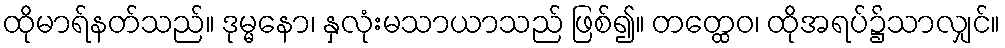
ထိုမာရ်နတ်သည်။ ဒုမ္မနော၊ နှလုံးမသာယာသည် ဖြစ်၍။ တတ္ထေဝ၊ ထိုအရပ်၌သာလျှင်။